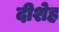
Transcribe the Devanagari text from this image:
दीशेह